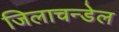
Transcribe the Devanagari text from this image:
जिलाचन्डेल